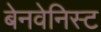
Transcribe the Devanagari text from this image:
बेनवेनिस्ट